Leningradi_Edasi_toimetus, lk 4
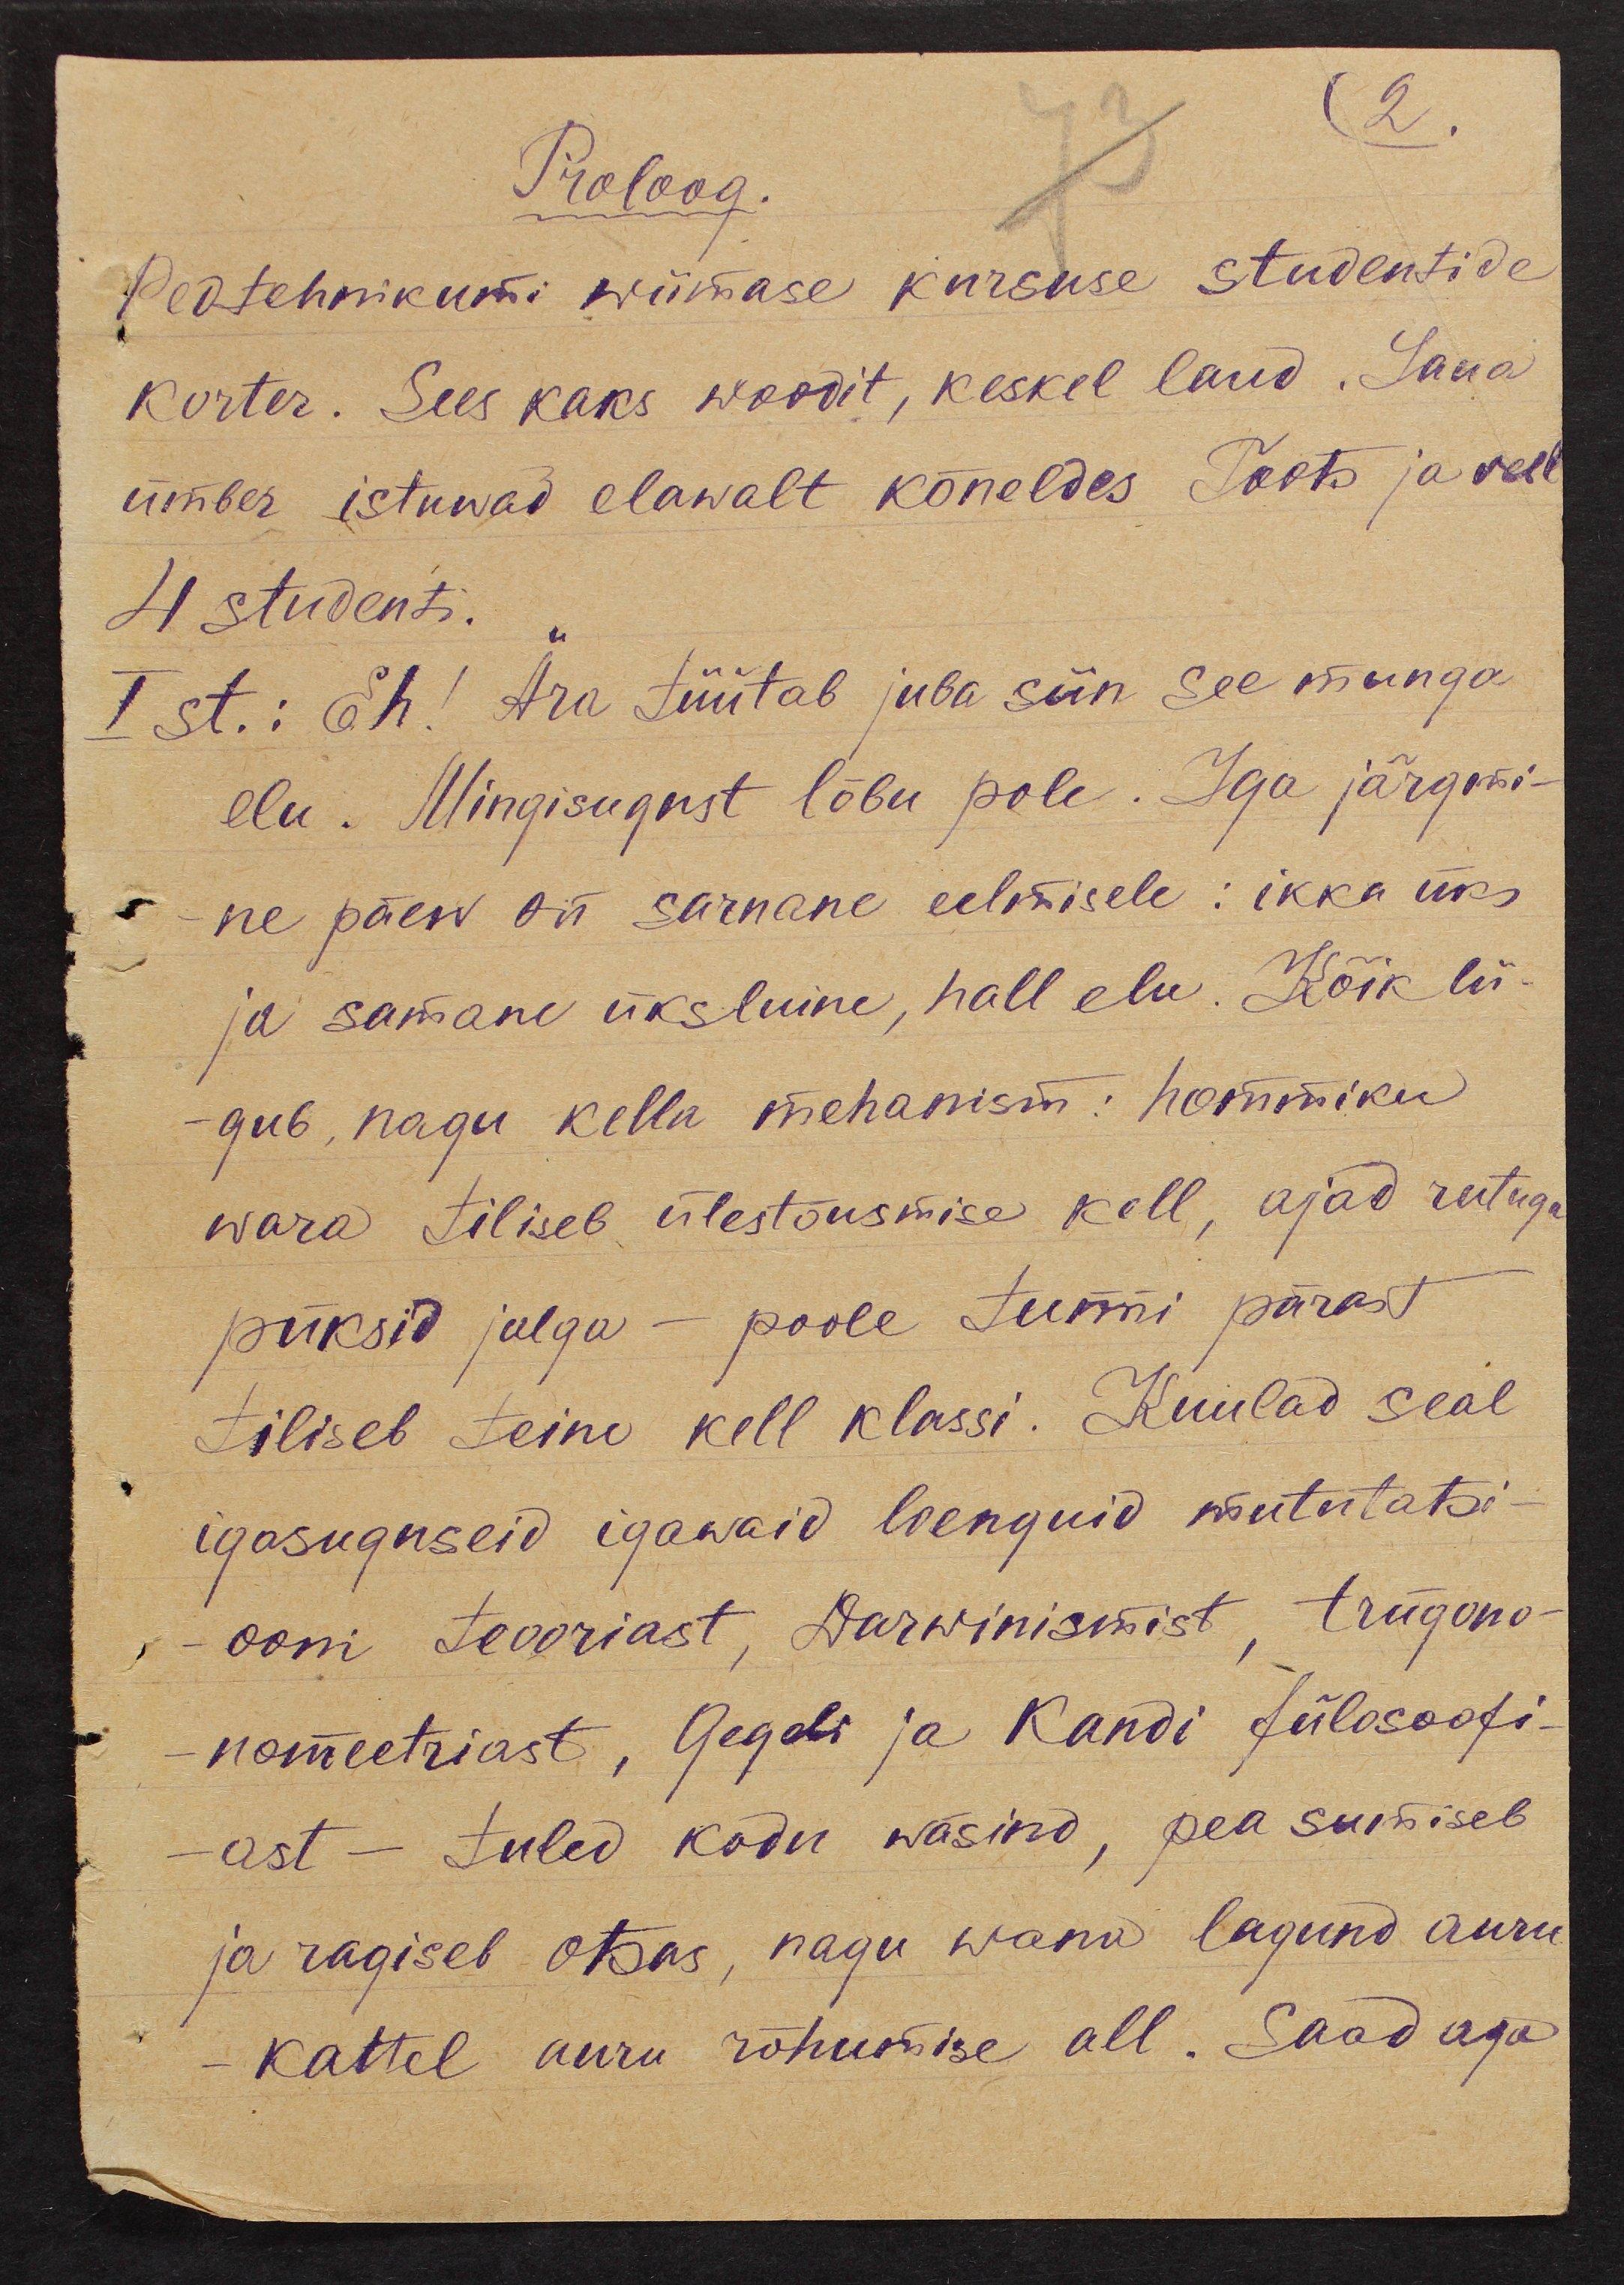
2.
Proloog.
Peatehnikumi wiimase kursuse studentide
korter. Sees kaks woodit, keskel laud. Laua
ümber istuwad elawalt kõneldes Toots ja veel
4 studenti.
I st.: Eh! Ära tüütab juba siin see munga
elu. Mingisugust lõbu pole. Iga järgmi
ne päew on sarnane eelmisele: ikka üks
ja samane üksluine, hall elu. Kõik lii-
-gub, nagu kella mehanism: hommiku
wara tiliseb ülestõusmise kell, ajad rutuga
püksid jalga - poole tunni pärast
tiliseb teine kell klassi. Kuulad seal
igasuguseid igawaid loenguid mututatsi-
ooni teooriast, Darwinismist, trügono-
nomeetriast, Gegeli ja Kandi fülosoofi-
ast - tuled kodu wäsind, pea sumiseb
ja ragiseb otsas, nagu wana lagund auru
-kattel auru rõhumise all. Saad aga